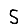
Digit: 5